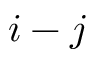
i - j